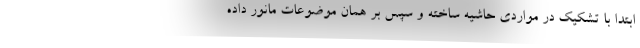
ابتدا با تشکیک در مواردی حاشیه ساخته و سپس بر همان موضوعات مانور داده